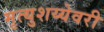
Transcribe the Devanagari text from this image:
मृत्युशय्येवरी